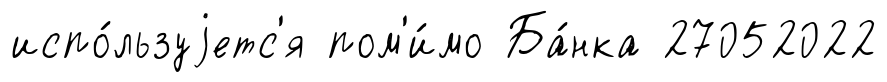
испо́льзуjетс'я пом'и́мо Ба́нка 27052022